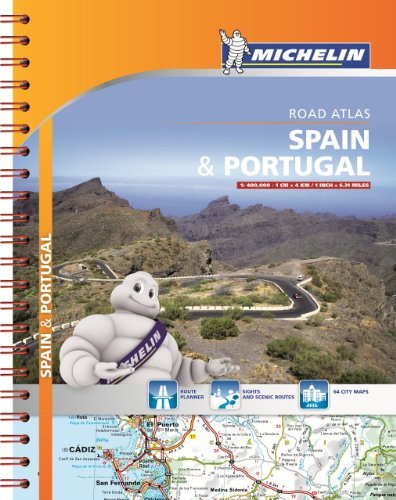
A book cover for Michelin Spain & Portugal Road Atlas (Atlas (Michelin)); Michelin; Travel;